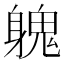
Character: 𨉵